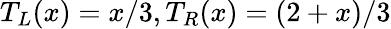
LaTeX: T_{L}(x)=x/3,T_{R}(x)=(2+x)/3